Report of the Municipal Commissioner on the plague in Bombay for the year ending 31st May... - Volume 2
Disease focus: Plague
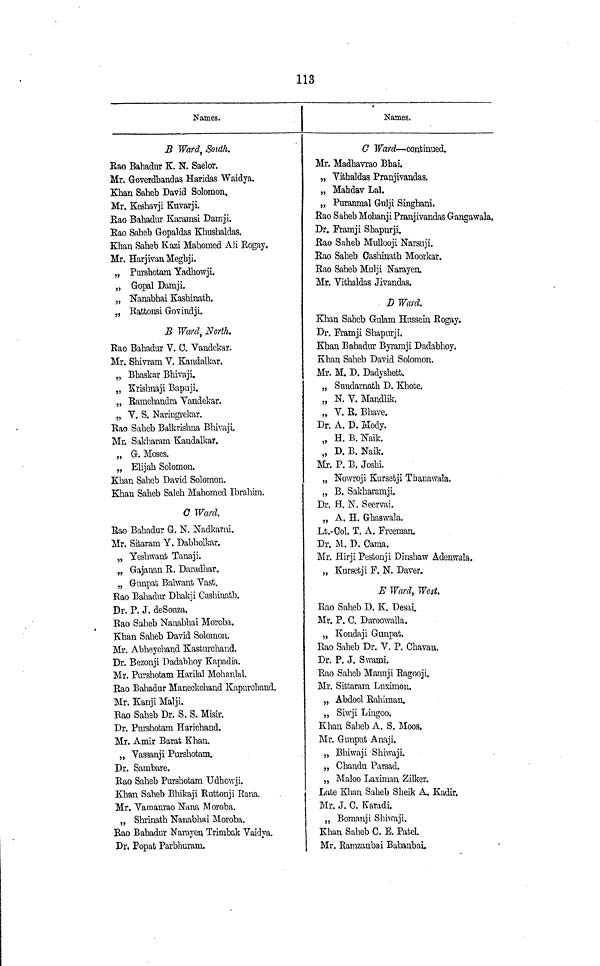
113
Names.
B Ward, South.
Rao Bahadur K. N. Saelor.
Mr. Goverdbandas Haridas Waidya.
Khan Saheb David Solomon,
Mr. Keshavji Kuvarji.
Eao Bahadur Karamsi Damji.
Eao Saheb Gopaldas Khushaldas.
Khan Saheb Kazi Mahomed All Rogay.
Mr. Harjivan Meghji.
„ Purshotam Yadhowji.
„ Gopal Damji.
„ Nanabhai Kashinath.
f7
„ Battonsi Govindji.
S Ward, North.
Eao Bahadur V. 0. Yandekar.
Mr. Shivram Y. Kandalkar.
„ Bbaskar Bhivaji.
„ Krishnaji Bapuji.
„ Eamchandra Yandekar.
„ Y. S, Naringrekar.
Eao Saheb Balkrishna Bhivaji.
Mr. Sakharam Kandalkar.
„ G. Moses.
„ Elijah Solomon.
Khan Saheb David Solomon.
Khan Saheb Saleh Mahomed Ibrahim.
G Ward.
Eao Bahadur G. N. Nadkarai.
Mr. Sitaram Y. Dabholkar.
„ Yeshwant Tanaji.
„ Gajanan E. Daradhar.
„ Gunpat Balwant Yast.
77
1-
Eao Bahadur Dhakji Cashinath.
Dr. P. J. deSouza.
Eao Saheb Nanabhai Moroba.
Khan Saheb David Solomon.
Mr. Abheychand Kasturchand.
Dr. Bezonji Dadabhoy Kapadia.
Mr. Purshofcam Harilal Mohanlal.
Eao Bahadur Maneckchand Kapurchand.
Mr. Kanji Malji.
Eao Saheb Dr. S. S. Misir.
Dr. Purshotam Harichand.
Mr. Amir Barat Khan.
„ Yassanji Purshotam.
Dr. Sambare.
Eao Saheb Purshotam Udhowji.
Khan Saheb Bhikaji Euttonji Rana.
Mr. Yaraanrao Nana Moroba.
„ Shrinath Nanabhai Moroba.
Eao Bahadur Narayen Trimbak Yaidya.
Dr, Popafc Parbhuram.
Names.
0 Ward — continued.
Mr. Madhavrao Bhai.
„ Yithaldas Pranjivandas.
„ Mahdav Lai.
„ Puranmal Gnlji Singhani.
Rao Saheb Mobanji Pranjivandas Gangawala.
Dr. Framji Shapurji.
Rao Saheb Mullooji Narsnji.
Eao Saheb Oasbinath Moorkar.
Eao Saheb Mul ji Narayen.
Mr. Yithaldas Jivandas.
7"l TT7"
J
D Wcira.
Khan Saheb Gulam Hussein Rogay.
Dr. Framji Shapurji.
Khan Bahadur Byramji Dadabhoy.
Khan Saheb David Solomon,
Mr. M. D. Dadyshett.
„ Sundarnath D. Khote.
„ N. Y. Mandlik.
„ Y. E. Bhave.
Dr. A. D. Mody.
„ H. B.Naik.
„ D. B. Naik.
Mr. P. B. Joshi.
„ Nowroji Kursetji Thanawala.
„ B. Sakharamji.
Dr. H. N. Seervai.
„ A. H. Ghaswala.
Lt.-Col. T. A. Freeman.
Dr. M. D, Cama.
Mr. Hirji Pestonji Dinshaw Adenwala.
„ Kursetji F. N. Daver.
E Ward, West.
Eao Saheb D. K. Desai.
Mr. P. 0. Daroowalla.
„ Kondaji Gunpat.
Eao Saheb Dr. V. P. Chavan.
Dr. P. J. Swami.
Rao Saheb Manuji Ragooji.
Mr. Sittaram Luximon.
„ Abdool Rahirnan,
„ Siwji Lingoo.
Khan Saheb A. S. Moos.
Mr. Gunpufc Anaji,
„ Bhiwaji Shiwaji.
„ Chandu Parsad.
„ Maloo Laximan Zilker.
Late Khan Saheb Sheik A, Kadir.
Mr. J. 0. Karadi.
„ Bomanji Shiwaji.
Khan Saheb G. E. Patel.
Mr. Ramzanbai Babanbai.